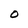
Character: O